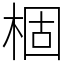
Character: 棝